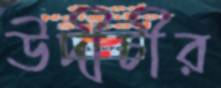
উদীচীর